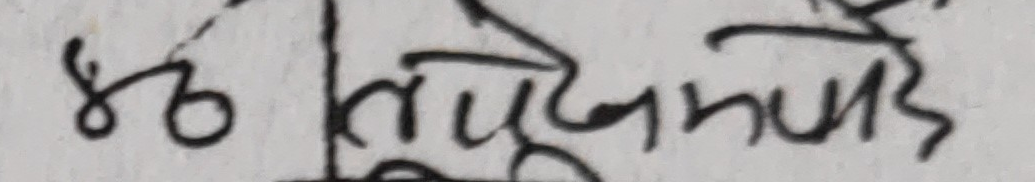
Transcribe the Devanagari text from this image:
४० तुदमपड